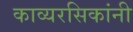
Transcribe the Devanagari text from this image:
काव्यरसिकांनी